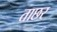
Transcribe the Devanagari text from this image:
ताछर